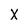
Character: X